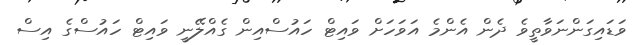
ވަޑައިގަންނަވާތީވެ ދެން އެންމެ އަވަހަށް ވައިޓް ހައުސްއިން ގެއްލޭނީ ވައިޓް ހައުސްގެ އިސް